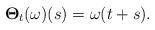
LaTeX: \begin{align*}\mathbf{\Theta}_t ( \omega)(s) = \omega(t+s).\end{align*}